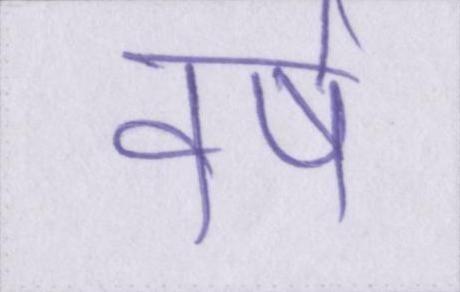
वर्ष